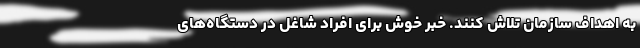
به اهداف سازمان تلاش کنند. خبر خوش برای افراد شاغل در دستگاه‌های